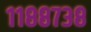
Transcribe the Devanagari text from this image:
११८८७३८